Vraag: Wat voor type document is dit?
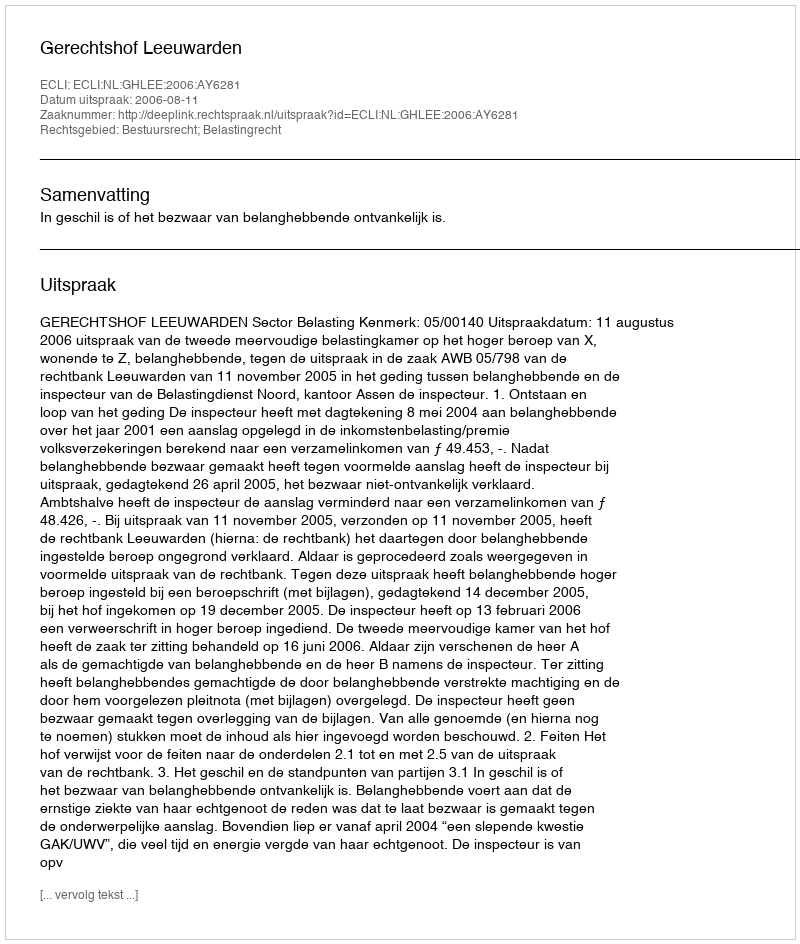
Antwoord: Uitspraak